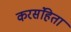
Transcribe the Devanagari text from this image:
करसंहिता